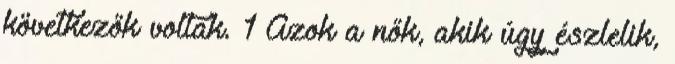
következők voltak. 1 Azok a nők, akik úgy észlelik,